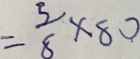
= \frac { 5 } { 8 } \times 8 0